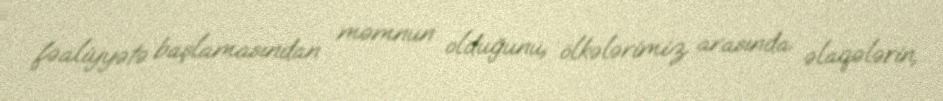
fəaliyyətə başlamasından məmnun olduğunu, ölkələrimiz arasında əlaqələrin,